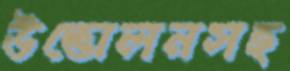
উত্তোলনসহ